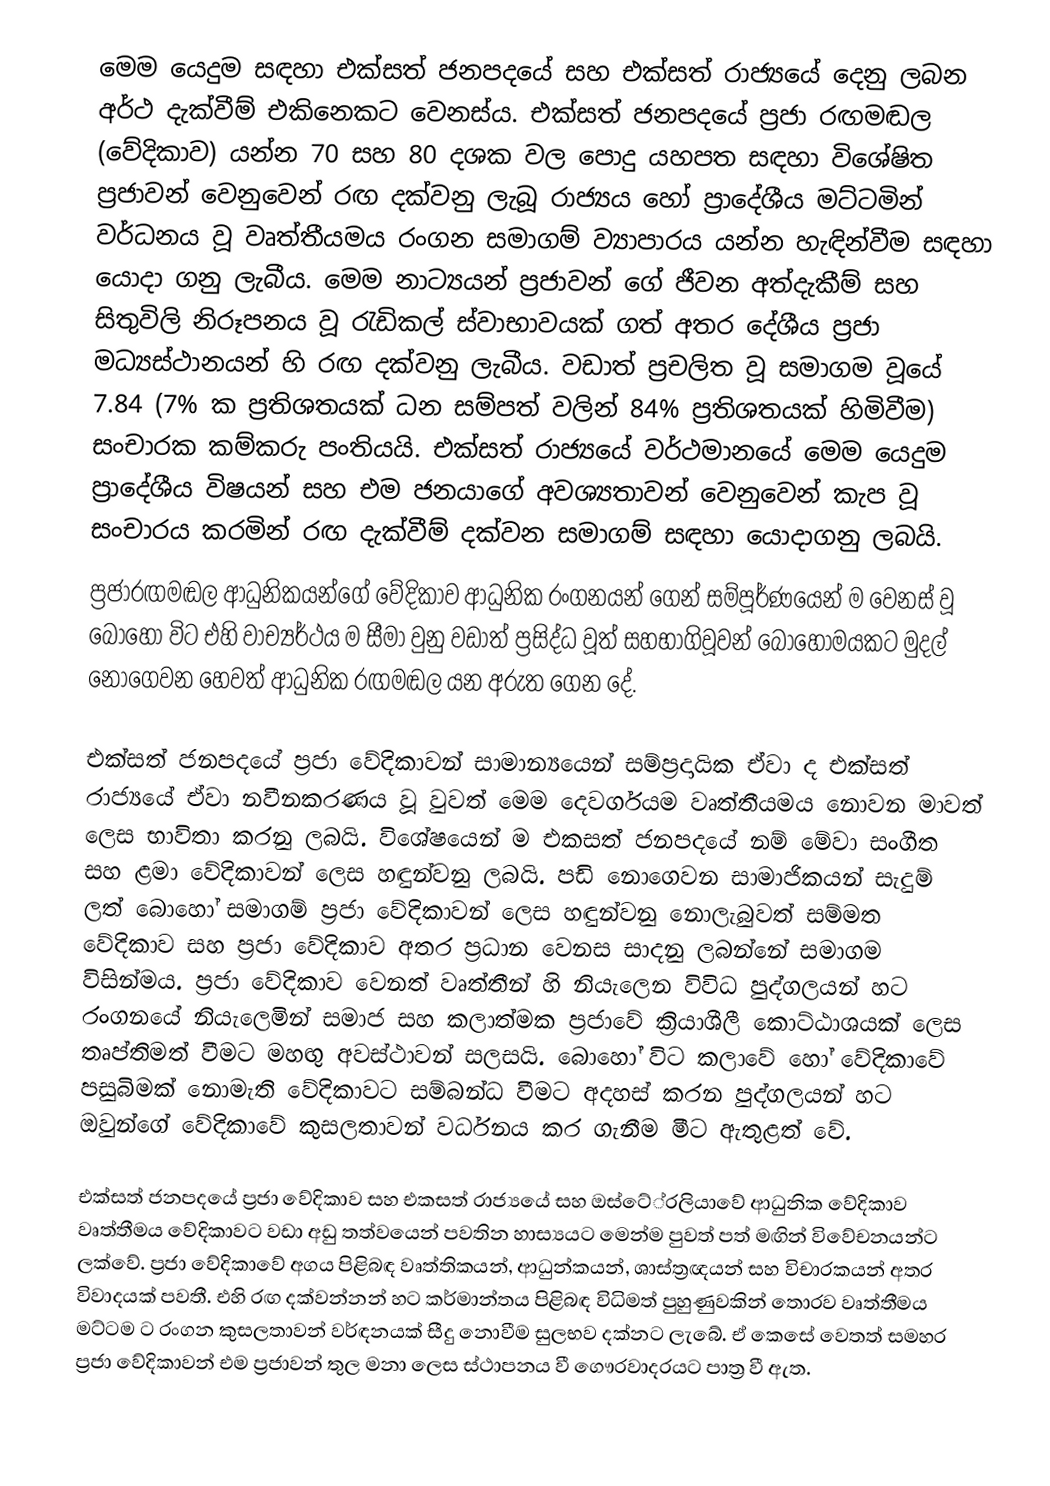
මෙම යෙදුම සඳහා එක්සත් ජනපදයේ සහ එක්සත් රාජ්‍යයේ දෙනු ලබන අර්ථ දැක්වීම් එකිනෙකට වෙනස්ය. එක්සත් ජනපදයේ ප්‍රජා රඟමඬල (වේදිකාව) යන්න 70 සහ 80 දශක වල පොදු යහපත සඳහා විශේෂිත ප්‍රජාවන් වෙනුවෙන් රඟ දක්වනු ලැබූ රාජ්‍යය හෝ ප්‍රාදේශීය මට්ටමින් වර්ධනය වූ වෘත්තීයමය රංගන සමාගම් ව්‍යාපාරය යන්න හැඳින්වීම සඳහා යොදා ගනු ලැබීය. මෙම නාට්‍යයන් ප්‍රජාවන් ගේ ජීවන අත්දැකීම් සහ සිතුවිලි නිරූපනය වූ රැඩිකල් ස්වාභාවයක් ගත් අතර දේශීය ප්‍රජා මධ්‍යස්ථානයන් හි රඟ දක්වනු ලැබීය. වඩාත් ප්‍රචලිත වූ සමාගම වූයේ 7.84 (7% ක ප්‍රතිශතයක් ධන සම්පත් වලින් 84% ප්‍රතිශතයක් හිමිවීම) සංචාරක කම්කරු පංතියයි. එක්සත් රාජ්‍යයේ වර්ථමානයේ මෙම යෙදුම ප්‍රාදේශීය විෂයන් සහ එම ජනයාගේ අවශ්‍යතාවන් වෙනුවෙන් කැප වූ සංචාරය කරමින් රඟ දැක්වීම් දක්වන සමාගම් සඳහා යොදාගනු ලබයි.
ප්‍රජාරඟමඬල ආධුනිකයන්ගේ වේදිකාව ආධුනික රංගනයන් ගෙන් සම්පූර්ණයෙන් ම වෙනස් වූ බොහෝ විට එහි වාච්‍යර්ථය ම සීමා වුනු වඩාත් ප්‍රසිද්ධ වූත් සහභාගිවූවන් බොහෝමයකට මුදල් නොගෙවන හෙවත් ආධුනික රඟමඬල යන අරුත ගෙන දේ.

එක්සත් ජනපදයේ ප්‍රජා වේදිකාවන් සාමාන්‍යයෙන් සම්ප්‍රදායික ඒවා ද එක්සත් රාජ්‍යයේ ඒවා නවීනකරණය වූ වුවත් මෙම දෙවර්ගයම වෘත්තීයමය නොවන මාවත් ලෙස භාවිතා කරනු ලබයි. විශේෂයෙන් ම එකසත් ජනපදයේ නම් මේවා සංගීත සහ ළමා වේදිකාවන් ලෙස හඳුන්වනු ලබයි. පඩි නොගෙවන සාමාජිකයන් සැදුම් ලත් බොහෝ සමාගම් ප්‍රජා වේදිකාවන් ලෙස හඳුන්වනු නොලැබුවත් සම්මත වේදිකාව සහ ප්‍රජා වේදිකාව අතර ප්‍රධාන වෙනස සාදනු ලබන්නේ සමාගම විසින්මය. ප්‍රජා වේදිකාව වෙනත් වෘත්තීන් හි නියැලෙන විවිධ පුද්ගලයන් හට රංගනයේ නියැලෙමින් සමාජ සහ කලාත්මක ප්‍රජාවේ ක්‍රියාශීලී කොට්ඨාශයක් ලෙස තෘප්තිමත් වීමට මහඟු අවස්ථාවන් සලසයි. බොහෝ විට කලාවේ හෝ වේදිකාවේ පසුබිමක් නොමැති වේදිකාවට සම්බන්ධ වීමට අදහස් කරන පුද්ගලයන් හට ඔවුන්ගේ වේදිකාවේ කුසලතාවන් වර්ධනය කර ගැනීම මීට ඇතුළත් වේ.

එක්සත් ජනපදයේ ප්‍රජා වේදිකාව සහ එකසත් රාජ්‍යයේ සහ ඔස්ටේ්‍රලියාවේ ආධුනික වේදිකාව  වෘත්තීමය වේදිකාවට වඩා අඩු තත්වයෙන් පවතින හාස්‍යයට මෙන්ම පුවත් පත් මඟින් විවේචනයන්ට ලක්වේ. ප්‍රජා වේදිකාවේ අගය පිළිබඳ වෘත්තිකයන්, ආධුන්කයන්, ශාස්ත්‍රඥයන් සහ විචාරකයන් අතර විවාදයක් පවතී. එහි රඟ දක්වන්නන් හට කර්මාන්තය පිළිබඳ විධිමත් පුහුණුවකින් තොරව වෘත්තීමය මට්ටම ට රංගන කුසලතාවන් වර්ඳනයක් සීදු නොවීම සුලභව දක්නට ලැබේ. ඒ කෙසේ වෙතත් සමහර ප්‍රජා වේදිකාවන් එම ප්‍රජාවන් තුල මනා ලෙස ස්ථාපනය වී ගෞරවාදරයට පාත්‍ර වී ඇත.